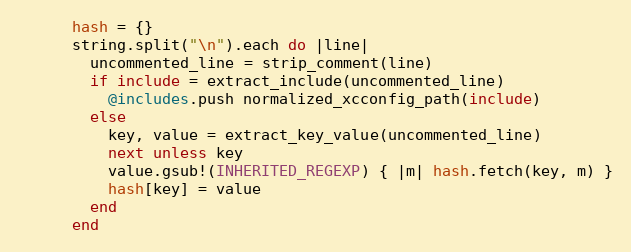
Language: Ruby
      hash = {}
      string.split("\n").each do |line|
        uncommented_line = strip_comment(line)
        if include = extract_include(uncommented_line)
          @includes.push normalized_xcconfig_path(include)
        else
          key, value = extract_key_value(uncommented_line)
          next unless key
          value.gsub!(INHERITED_REGEXP) { |m| hash.fetch(key, m) }
          hash[key] = value
        end
      end